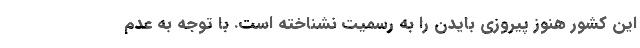
این کشور هنوز پیروزی بایدن را به رسمیت نشناخته است. با توجه به عدم